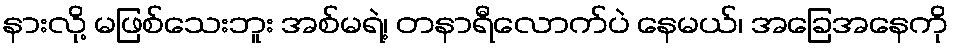
နားလို့ မဖြစ်သေးဘူး အစ်မရဲ့၊ တနာရီလောက်ပဲ နေမယ်၊ အခြေအနေကို